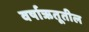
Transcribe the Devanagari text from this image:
वर्षाऋतूतील